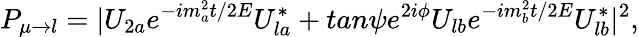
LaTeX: P_{\mu\rightarrow l}=|U_{2a}e^{-im_{a}^{2}t/2E}U_{la}^{*}+tan\psi e^{2i\phi}U_{lb}e^{-im_{b}^{2}t/2E}U_{lb}^{*}|^{2},